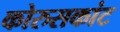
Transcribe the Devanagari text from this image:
कोरुसकांट